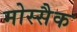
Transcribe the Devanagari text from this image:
मोस्सैक